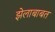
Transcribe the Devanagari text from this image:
झेलाबाबत